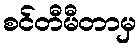
စင်တီမီတာမှ